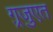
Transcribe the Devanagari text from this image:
ग़्रजुएत